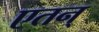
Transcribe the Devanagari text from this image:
एतन्‌